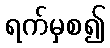
ရက်မှစ၍